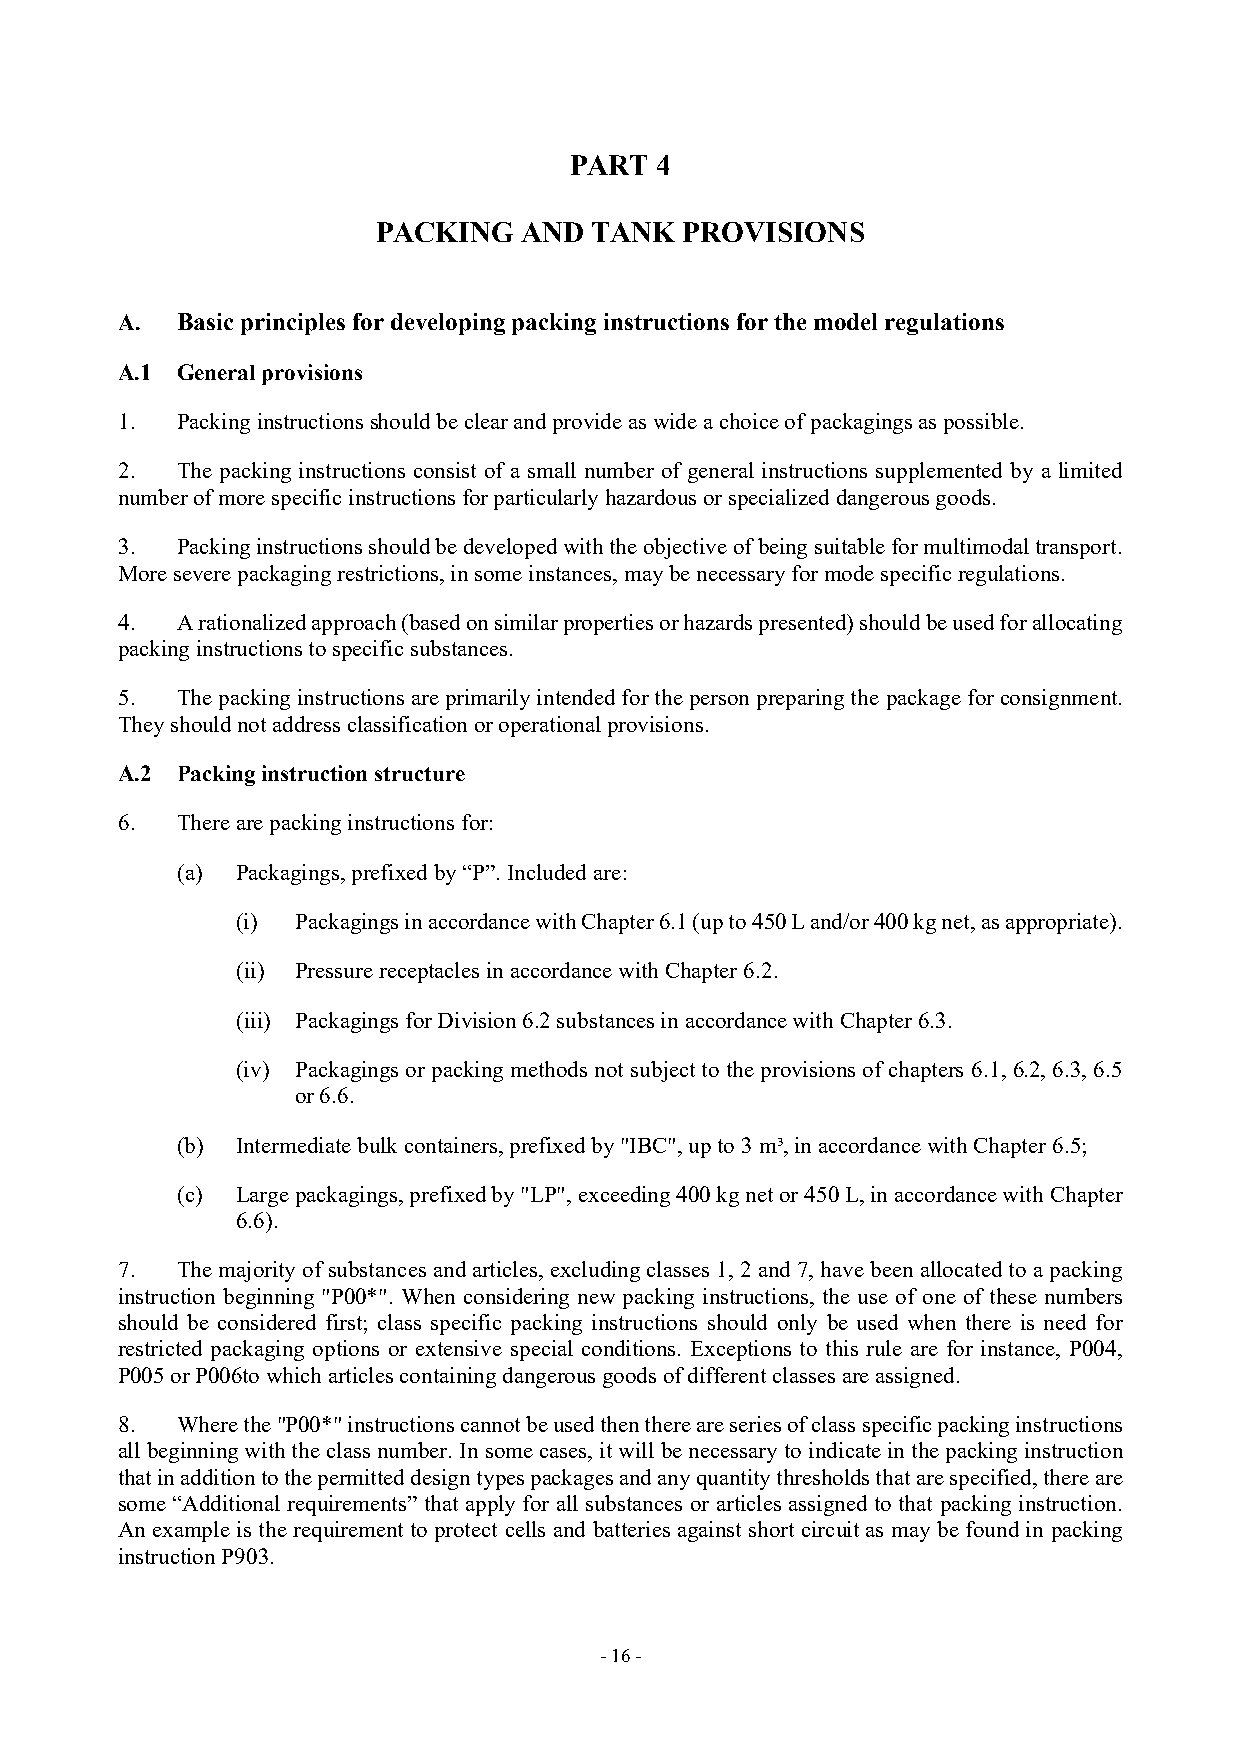
PART 4
 PACKING  AND  TANK  PROVISIONS
 A.  Basic principles for developing packing instructions for the model regulations
 A.1 General provisions
 1.  Packing instructions should be clear and provide as wide a choice of packagings as possible.
 2.  The packing instructions consist of a small number of general instructions supplemented by a limited
 number of more specific instructions for particularly hazardous or specialized dangerous goods.
 3.  Packing instructions should be developed with the objective of being suitable for multimodal transport.
 More severe packaging restrictions, in some instances, may be necessary for mode specific regulations.
 4.  A rationalized approach (based on similar properties or hazards presented) should be used for allocating
 packing instructions to specific substances.
 5.  The packing instructions are primarily intended for the person preparing the package for consignment.
 They should not address classification or operational provisions.
 A.2 Packing instruction structure
 6.  There are packing instructions for:
 (a) Packagings, prefixed by “P”. Included are:
 (i) Packagings in accordance with Chapter 6.1 (up to 450 L and/or 400 kg net, as appropriate).
 (ii) Pressure receptacles in accordance with Chapter 6.2.
 (iii) Packagings for Division 6.2 substances in accordance with Chapter 6.3.
 (iv) Packagings or packing methods not subject to the provisions of chapters 6.1, 6.2, 6.3, 6.5
 or 6.6.
 (b) Intermediate bulk containers, prefixed by "IBC", up to 3 m³, in accordance with Chapter 6.5;
 (c) Large packagings, prefixed by "LP", exceeding 400 kg net or 450 L, in accordance with Chapter
 6.6).
 7.  The majority of substances and articles, excluding classes 1, 2 and 7, have been allocated to a packing
 instruction beginning "P00*". When considering new packing instructions, the use of one of these numbers
 should be considered first; class specific packing instructions should only be used when there is need for
 restricted packaging options or extensive special conditions. Exceptions to this rule are for instance, P004,
 P005 or P006to which articles containing dangerous goods of different classes are assigned.
 8.  Where the "P00*" instructions cannot be used then there are series of class specific packing instructions
 all beginning with the class number. In some cases, it will be necessary to indicate in the packing instruction
 that in addition to the permitted design types packages and any quantity thresholds that are specified, there are
 some “Additional requirements” that apply for all substances or articles assigned to that packing instruction.
 An example is the requirement to protect cells and batteries against short circuit as may be found in packing
 instruction P903.
 - 16 -